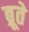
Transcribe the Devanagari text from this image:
ब्रूते